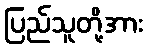
ပြည်သူတို့အား